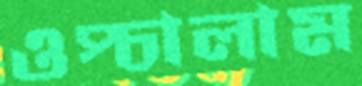
ওপ্‌চালাম